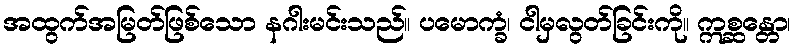
အထွက်အမြတ်ဖြစ်သော နဂါးမင်းသည်။ ပမောက္ခံ၊ ငါမှလွတ်ခြင်းကို။ ဣစ္ဆန္တော၊